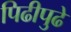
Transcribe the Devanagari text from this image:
पिढीपुढे